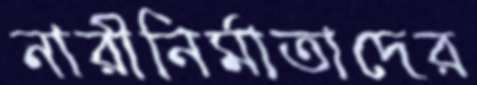
নারীনির্মাতাদের